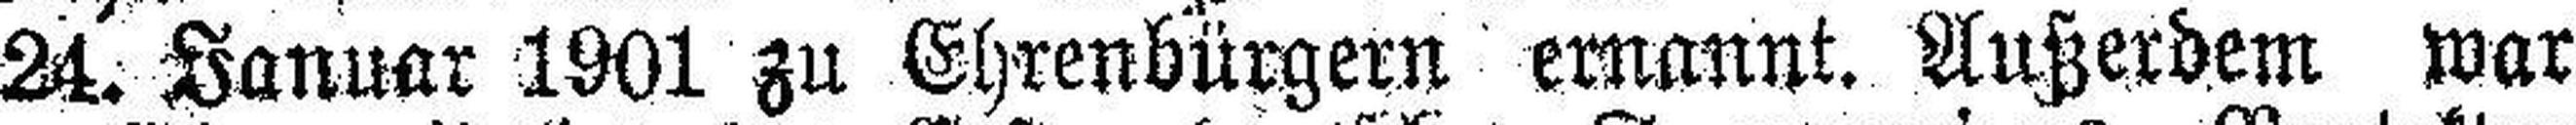
24. Januar 1901 zu Ehrenbürgern ernannt. Außerdem war